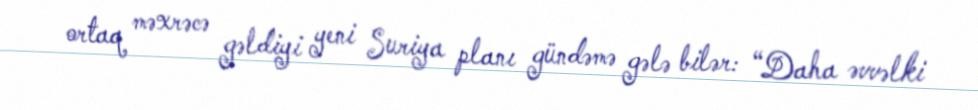
ortaq məxrəcə gəldiyi yeni Suriya planı gündəmə gələ bilər: “Daha əvvəlki